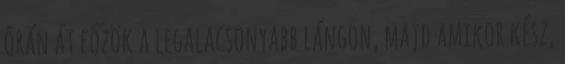
órán át főzök a legalacsonyabb lángon, majd amikor kész,